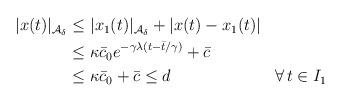
LaTeX: \begin{align*}\begin{aligned}|x(t)|_{\mathcal{A}_\delta} &\le |x_1(t)|_{\mathcal{A}_\delta} + |x(t)-x_1(t)| \\&\le \kappa \bar c_0 e^{-\gamma \lambda (t-\bar{t}/\gamma)} + \bar c \\&\le \kappa \bar c_0+\bar c \leq d && \forall \, t \in I_1\end{aligned}\end{align*}